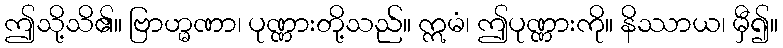
ဤသို့သိ၏။ ဗြာဟ္မဏာ၊ ပုဏ္ဏားတို့သည်။ ဣမံ၊ ဤပုဏ္ဏားကို။ နိဿာယ၊ မှီ၍။